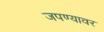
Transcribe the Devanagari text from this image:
जपण्यावर